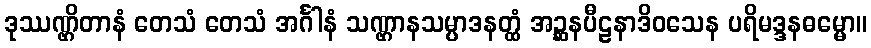
ဒုဿဏ္ဌိတာနံ တေသံ တေသံ အင်္ဂါနံ သဏ္ဌာနသမ္ပာဒနတ္ထံ အဉ္ဆနပီဠနာဒိဝသေန ပရိမဒ္ဒနဓမ္မော။